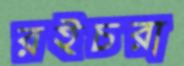
রইচরা